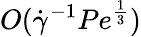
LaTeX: O(\dot{\gamma}^{-1}Pe^{\frac{1}{3}})